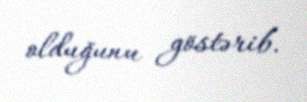
olduğunu göstərib.